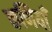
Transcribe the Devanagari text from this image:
कणियाँ